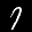
Label: 7